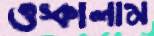
ওস্‌কালাম